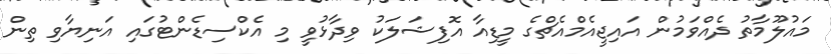
މައުލޫމާތު ދެއްވަމުން އައިޖީއެމްއެެޗްގެެ މީޑިއާ އޮފިޝަލަކު ވިދާޅުވީ މި އެެކްސިޑެންޓުގައި އަނިޔާވި ތިން